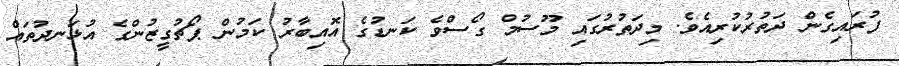
ފުރައިގެން ދަތުރުކުރިއެވެ. މިދަތުރުގައި މޫސުމް ގޯސްވެ ކަނޑުގެ އޮއިބާރު ކަމުން ޕޯޗުގީޒުންގެ އުޅަނދުތައް